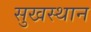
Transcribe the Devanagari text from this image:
सुखस्थान